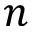
n